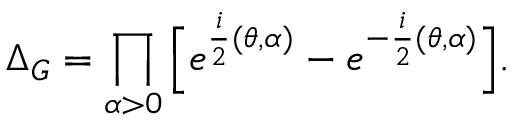
\Delta _ { G } = \prod _ { \alpha > 0 } \Big [ e ^ { \frac { i } { 2 } ( \theta , \alpha ) } - e ^ { - \frac { i } { 2 } ( \theta , \alpha ) } \Big ] .